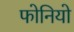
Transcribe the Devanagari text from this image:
फोनियो